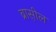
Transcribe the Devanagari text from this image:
ब्रास़ील